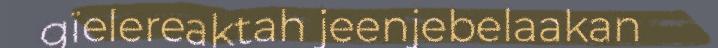
gïelereaktah jeenjebelaakan